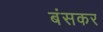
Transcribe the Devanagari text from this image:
बंसकर